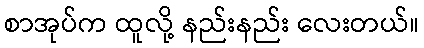
စာအုပ်က ထူလို့ နည်းနည်း လေးတယ်။